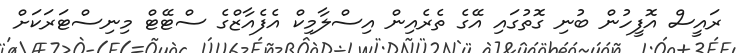
ރައީސް އޮފީހުން ބުނި ގޮތުގައި އޭގެ ތެރެެއިން އިސްލާމިކް އެފެއާޒްގެ ސްޓޭޓް މިނިސްޓަރަކަށް